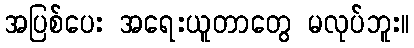
အပြစ်ပေး အရေးယူတာတွေ မလုပ်ဘူး။